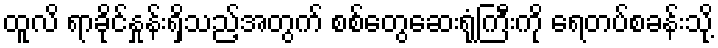
ထူလိ ရာခိုင်နှုန်းရှိသည့်အတွက် စစ်တွေဆေးရုံကြီးကို ရေတပ်စခန်းသို့